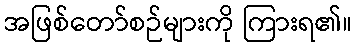
အဖြစ်တော်စဉ်များကို ကြားရ၏။